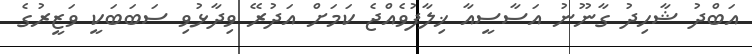
އަބްދު ޝާހިދު ގާނޫނު އަސާސީއާ ޚިލާފުވެއްޖެ ކަމަށް އަދުރޭ ވިދާޅުވި ސަބަބަކީ ވަޒީރުގެ